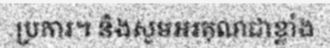
ប្រការ។ និងសូមអរគុណជាខ្លាំង